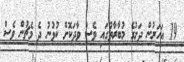
19 އަހަރުން ދަށުގެ މުބާރާތުގައި ވެސް ވާދަކޮށް ކުޅުނު ދެ މެޗުން ވެސް